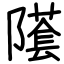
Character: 𨼲